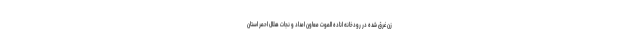
زن غرق شده در رودخانه اناده الموت معاون امداد و نجات هلال احمر استان